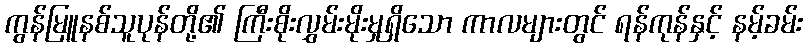
ကွန်မြူနစ်သူပုန်တို့၏ ကြီးစိုးလွှမ်းမိုးမှုရှိသော ကာလများတွင် ရန်ကုန်နှင့် နမ့်ခမ်း